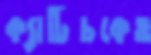
ক্যাটিচকেও